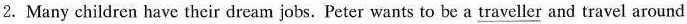
2.Many children have their dream jobs. Peter wants to be a \underline{traveller} and travel around